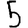
Digit: 5